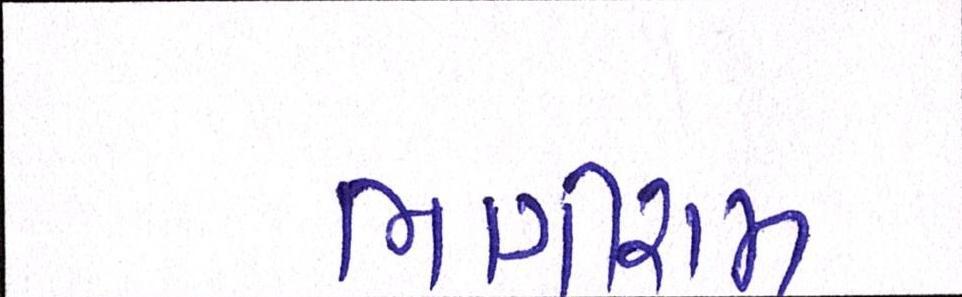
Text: ભાગીરામ